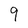
Character: 9